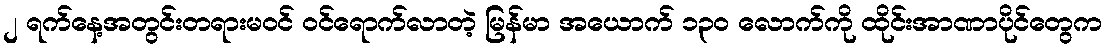
၂ ရက်နေ့အတွင်းတရားမဝင် ဝင်ရောက်လာတဲ့ မြန်မာ အယောက် ၁၃၀ လောက်ကို ထိုင်းအာဏာပိုင်တွေက